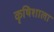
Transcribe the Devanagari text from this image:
कृषिशाला